Civil Veterinary Dept. Bombay admin report 1907-1913 - 1907-1913
Year: 1907
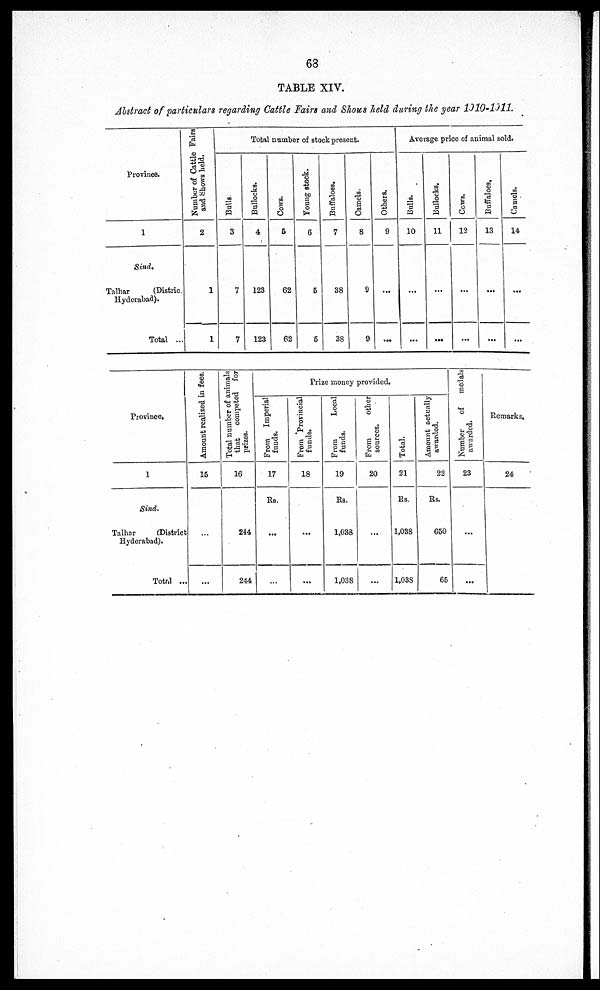
63
TABLE XIV.
Abstract of particulars regarding Cattle Fain and Shows held during the year 1910-1911.
Province.
1
Sind.
Talhar
(Distric.
Hyderabad).
Total ..
Number of Cattle Fairs
and Shows held.
2
1
1
Total number of stock present.
Bulls.
3
7
7
Bullocks.
4
123
123
Cows.
5
62
62
Young stock.
6
5
5
Buffaloes.
7
38
38
Camels,
8
9
9
Others.
9
...
...
Average price of animal sold.
Bulls.
10
...
...
Bullocks.
11
...
...
Cows.
12
...
...
Buffaloes.
13
...
...
Camels.
14
...
...
Province,
1
Sind.
Talhar
(District
Hyderabad).
Total ...
Amount realized in fees.
15
...
...
Total number of animals
that
competed for
prizes.
16
244
244
Prize money provided.
From Imperial
funds.
17
Rs.
...
...
From Provincial
funds.
18
...
...
From
Local
funds.
19
Rs.
1,038
1,038
From
other
sources.
20
...
...
Total.
21
Rs.
1,038
1,038
Amount actually
awarded.
22
Rs.
650
65
Number
of
medals
awarded.
23
...
...
Remarks.
24